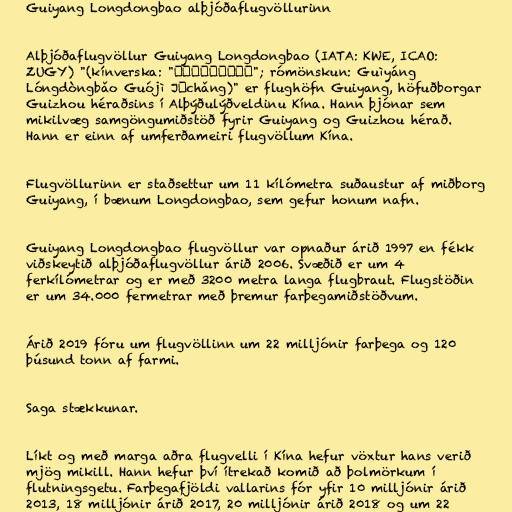
Guiyang Longdongbao alþjóðaflugvöllurinn

Alþjóðaflugvöllur Guiyang Longdongbao (IATA: KWE, ICAO:
ZUGY) "(kínverska: "贵阳龙洞堡国际机场"; rómönskun: Guìyáng
Lóngdòngbǎo Guójì Jīchǎng)" er flughöfn Guiyang, höfuðborgar
Guizhou héraðsins í Alþýðulýðveldinu Kína. Hann þjónar sem
mikilvæg samgöngumiðstöð fyrir Guiyang og Guizhou hérað.
Hann er einn af umferðameiri flugvöllum Kína.

Flugvöllurinn er staðsettur um 11 kílómetra suðaustur af miðborg
Guiyang, í bænum Longdongbao, sem gefur honum nafn.

Guiyang Longdongbao flugvöllur var opnaður árið 1997 en fékk
viðskeytið alþjóðaflugvöllur árið 2006. Svæðið er um 4
ferkílómetrar og er með 3200 metra langa flugbraut. Flugstöðin
er um 34.000 fermetrar með þremur farþegamiðstöðvum.

Árið 2019 fóru um flugvöllinn um 22 milljónir farþega og 120
þúsund tonn af farmi.

Saga stækkunar.

Líkt og með marga aðra flugvelli í Kína hefur vöxtur hans verið
mjög mikill. Hann hefur því ítrekað komið að þolmörkum í
flutningsgetu. Farþegafjöldi vallarins fór yfir 10 milljónir árið
2013, 18 milljónir árið 2017, 20 milljónir árið 2018 og um 22